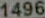
1496